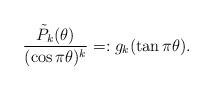
LaTeX: \begin{align*}\frac{\tilde{P}_k(\theta)}{(\cos{\pi\theta})^k} =: g_k(\tan\pi\theta).\end{align*}